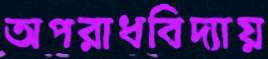
অপরাধবিদ্যায়